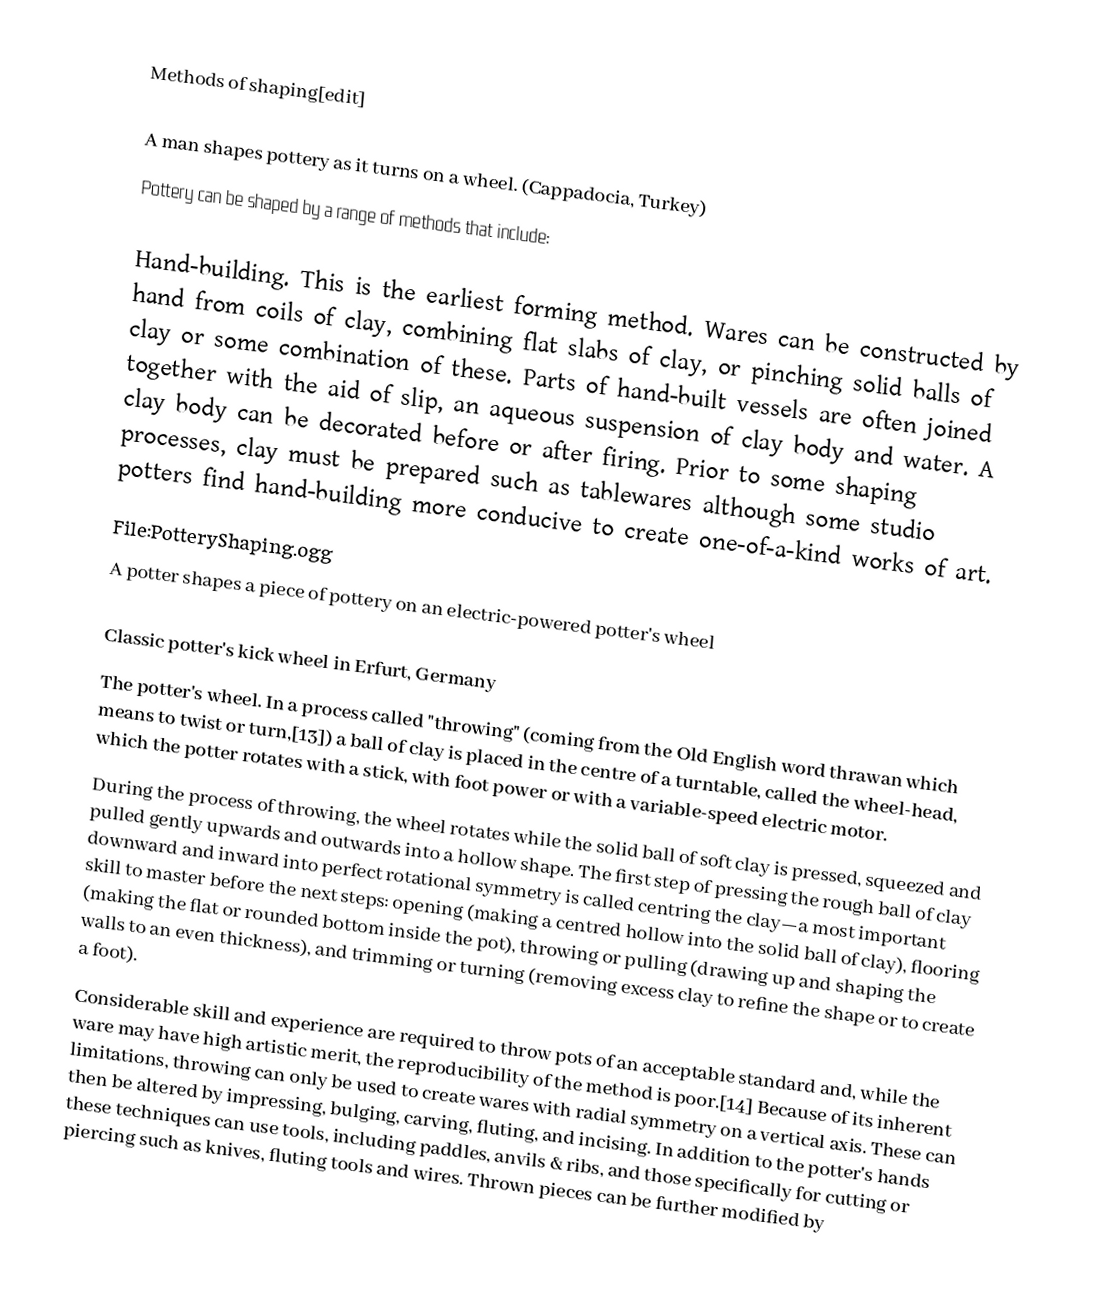
Methods of shaping[edit]

A man shapes pottery as it turns on a wheel. (Cappadocia, Turkey)
Pottery can be shaped by a range of methods that include:

Hand-building. This is the earliest forming method. Wares can be constructed by hand from coils of clay, combining flat slabs of clay, or pinching solid balls of clay or some combination of these. Parts of hand-built vessels are often joined together with the aid of slip, an aqueous suspension of clay body and water. A clay body can be decorated before or after firing. Prior to some shaping processes, clay must be prepared such as tablewares although some studio potters find hand-building more conducive to create one-of-a-kind works of art.
File:PotteryShaping.ogg
A potter shapes a piece of pottery on an electric-powered potter's wheel

Classic potter's kick wheel in Erfurt, Germany
The potter's wheel. In a process called "throwing" (coming from the Old English word thrawan which means to twist or turn,[13]) a ball of clay is placed in the centre of a turntable, called the wheel-head, which the potter rotates with a stick, with foot power or with a variable-speed electric motor.
During the process of throwing, the wheel rotates while the solid ball of soft clay is pressed, squeezed and pulled gently upwards and outwards into a hollow shape. The first step of pressing the rough ball of clay downward and inward into perfect rotational symmetry is called centring the clay—a most important skill to master before the next steps: opening (making a centred hollow into the solid ball of clay), flooring (making the flat or rounded bottom inside the pot), throwing or pulling (drawing up and shaping the walls to an even thickness), and trimming or turning (removing excess clay to refine the shape or to create a foot).
Considerable skill and experience are required to throw pots of an acceptable standard and, while the ware may have high artistic merit, the reproducibility of the method is poor.[14] Because of its inherent limitations, throwing can only be used to create wares with radial symmetry on a vertical axis. These can then be altered by impressing, bulging, carving, fluting, and incising. In addition to the potter's hands these techniques can use tools, including paddles, anvils & ribs, and those specifically for cutting or piercing such as knives, fluting tools and wires. Thrown pieces can be further modified by